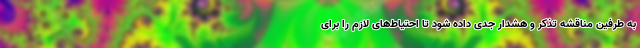
به طرفین مناقشه تذکر و هشدار جدی داده شود تا احتیاط‌های لازم را برای